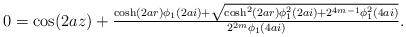
LaTeX: \begin{align*} 0=\cos(2az) +\tfrac{\cosh(2ar)\phi_1(2ai) + \sqrt{\cosh^2(2ar)\phi_1^2(2ai)+ 2^{4m-1}\phi_1^2(4ai)}}{2^{2m}\phi_1(4ai)}.\end{align*}